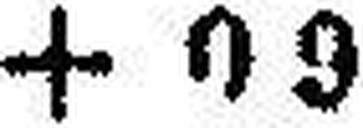
+ 0 9